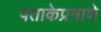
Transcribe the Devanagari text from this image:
पताकेप्रमाणे